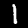
Digit: 1